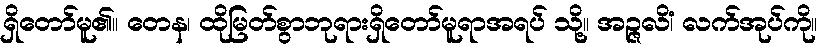
ရှိတော်မူ၏။ တေန၊ ထိုမြတ်စွာဘုရားရှိတော်မူရာအရပ် သို့။ အဉ္ဇလိံ၊ လက်အုပ်ကို။